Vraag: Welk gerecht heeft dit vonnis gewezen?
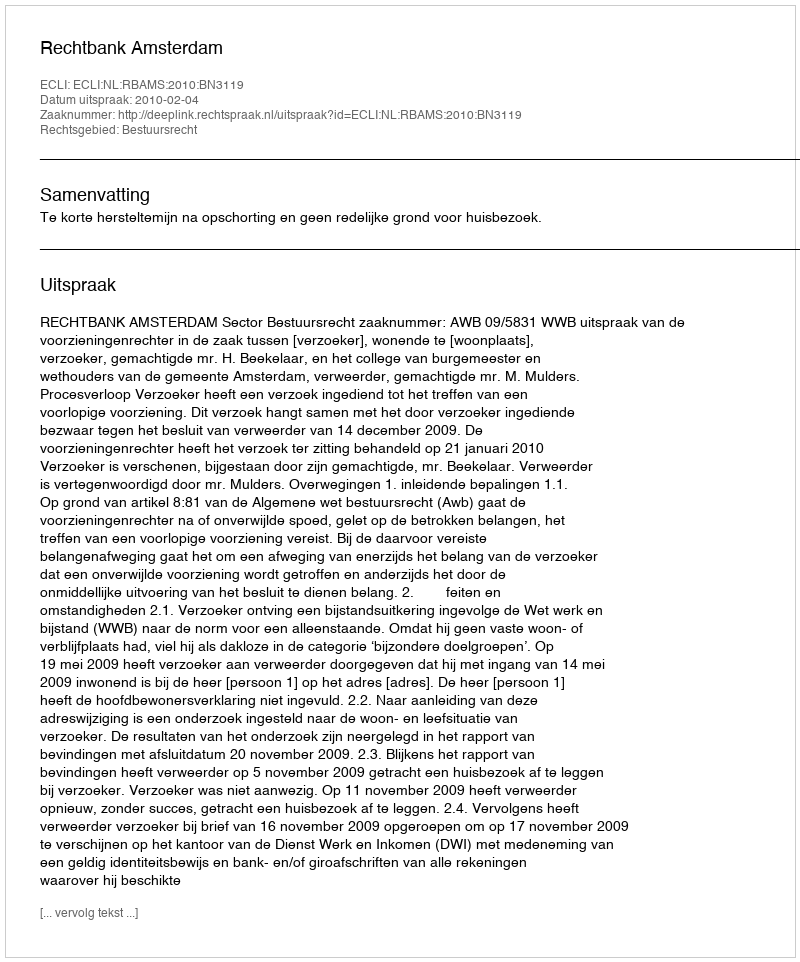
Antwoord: Rechtbank Amsterdam